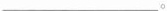
___.